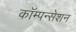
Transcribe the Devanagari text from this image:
कॉम्पन्सेशन